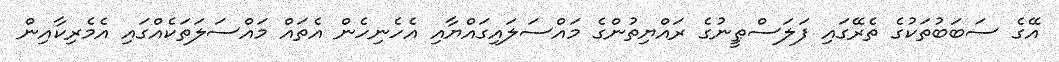
އޭގެ ސަބަބުތަކުގެ ތެރޭގައި ފަލަސްޠީނުގެ ރައްޔިތުންގެ މައްސަލައިގައްޔާއި އެހެނިހެން އެތައް މައްސަލަތަކެއްގައި އެމެރިކާއިން